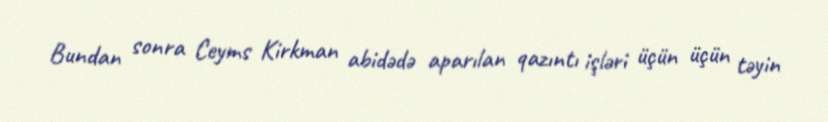
Bundan sonra Ceyms Kirkman abidədə aparılan qazıntı işləri üçün üçün təyin